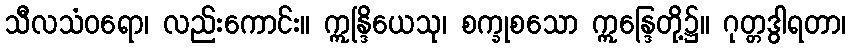
သီလသံဝရော၊ လည်းကောင်း။ ဣန္ဒြိယေသု၊ စက္ခုစသော ဣန္ဒြေတို့၌။ ဂုတ္တဒွါရတာ၊